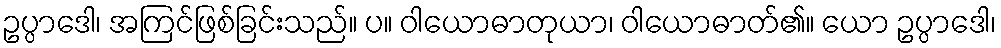
ဥပ္ပာဒေါ၊ အကြင်ဖြစ်ခြင်းသည်။ ပ။ ဝါယောဓာတုယာ၊ ဝါယောဓာတ်၏။ ယော ဥပ္ပာဒေါ၊